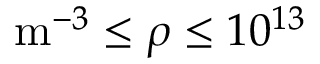
\mathrm { m } ^ { - 3 } \leq \rho \leq 1 0 ^ { 1 3 }